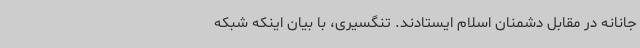
جانانه در مقابل دشمنان اسلام ایستادند. تنگسیری، با بیان اینکه شبکه